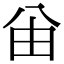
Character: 𠔍